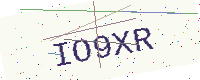
Text: IO9XR